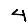
Digit: 4